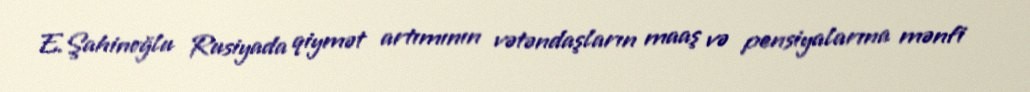
E.Şahinoğlu Rusiyada qiymət artımının vətəndaşların maaş və pensiyalarına mənfi